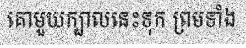
គោមួយក្បាលនេះទុក ព្រមទាំង